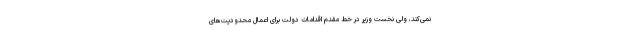
نمی‌کند، ولی نخست وزیر در خط مقدم اقدامات دولت برای اعمال محدودیت‌های